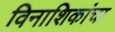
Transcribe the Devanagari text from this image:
विनाशिकांचा